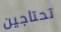
تحتاجين